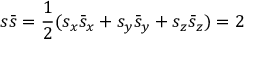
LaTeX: s { \bar { s } } = { \frac { 1 } { 2 } } ( s _ { x } { \bar { s } } _ { x } + s _ { y } { \bar { s } } _ { y } + s _ { z } { \bar { s } } _ { z } ) = 2